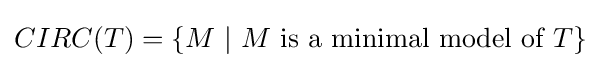
CIRC(T)=\{M~|~M{\mbox{ is a minimal model of }}T\}